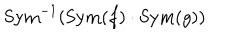
\mathrm { S y m } ^ { - 1 } ( \mathrm { S y m } ( f ) \cdot \mathrm { S y m } ( g ) )